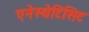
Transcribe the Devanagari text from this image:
एनेस्थेटिसिट